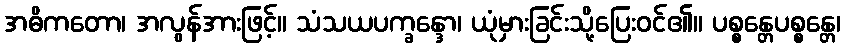
အဓိကတော၊ အလွန်အားဖြင့်။ သံသယပက္ခန္ဒော၊ ယုံမှားခြင်းသို့ပြေးဝင်၏။ ပစ္စန္တေပစ္စန္တေ၊